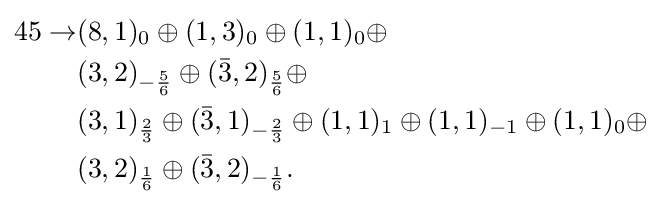
{\begin{aligned}45\rightarrow &(8,1)_{0}\oplus (1,3)_{0}\oplus (1,1)_{0}\oplus \\&(3,2)_{-{\frac {5}{6}}}\oplus ({\bar {3}},2)_{\frac {5}{6}}\oplus \\&(3,1)_{\frac {2}{3}}\oplus ({\bar {3}},1)_{-{\frac {2}{3}}}\oplus (1,1)_{1}\oplus (1,1)_{-1}\oplus (1,1)_{0}\oplus \\&(3,2)_{\frac {1}{6}}\oplus ({\bar {3}},2)_{-{\frac {1}{6}}}.\\\end{aligned}}